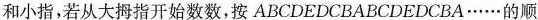
序数，数到”112”时，是什么手指?